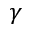
\gamma